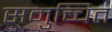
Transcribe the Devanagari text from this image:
समुच्चित